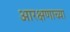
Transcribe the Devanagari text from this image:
आरक्षणाच्य़ा